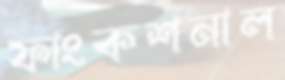
ফাংকশনাল